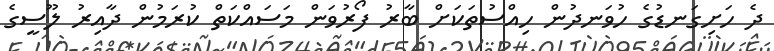
ދެ ހަށިގަނޑުގެ ހުވަނދުން ހިއްސުތަކަށް ބާރު ފޯރުވަން މަސައްކަތް ކުރަމުން ދާއިރު ލޫސީގެ